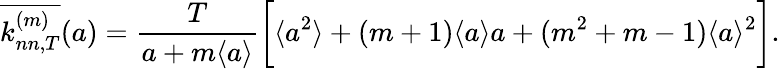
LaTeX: \overline{{k_{nn,T}^{(m)}}}(a)=\frac{T}{a+m\langle a\rangle}\bigg[\langle a^{2}\rangle+(m+1)\langle a\rangle a+(m^{2}+m-1)\langle a\rangle^{2}\bigg].